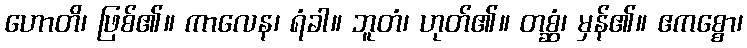
ဟောတိ၊ ဖြစ်၏။ ကာလေန၊ ရံခါ။ ဘူတံ၊ ဟုတ်၏။ တစ္ဆံ၊ မှန်၏။ ဧကစ္စော၊